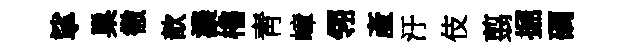
挲巢徹歆濃櫓靑嶂翎產汙伎翦掘磵